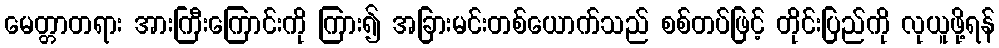
မေတ္တာတရား အားကြီးကြောင်းကို ကြား၍ အခြားမင်းတစ်ယောက်သည် စစ်တပ်ဖြင့် တိုင်းပြည်ကို လုယူဖို့ရန်